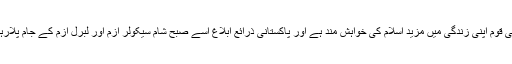
پاکستانی قوم اپنی زندگی میں مزید اسلام کی خواہش مند ہے اور پاکستانی ذرائع ابلاغ اسے صبح شام سیکولر ازم اور لبرل ازم کے جام پلارہے ہیں۔